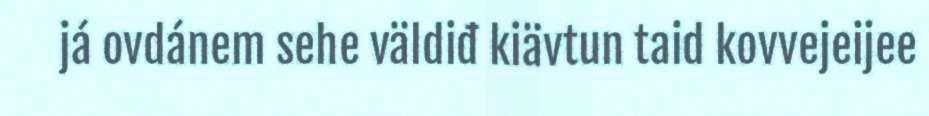
já ovdánem sehe väldiđ kiävtun taid kovvejeijee